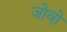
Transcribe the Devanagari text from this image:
जोवो